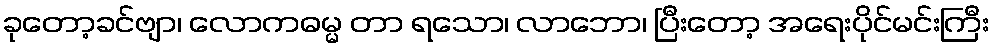
ခုတော့ခင်ဗျာ၊ လောကဓမ္မ တာ ရသော၊ လာဘော၊ ပြီးတော့ အရေးပိုင်မင်းကြီး